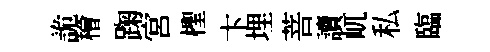
詭檜踘宮檉卞埋菩讀屼私臨